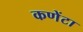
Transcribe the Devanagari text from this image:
कणेंटा